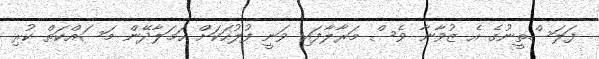
ފަލަސްތީނުގެ އެ ޒުވާނާ ވެސް މަރާލާފައި ވަނީ ފުލުހަކަށް ހަމަލާދޭން މަސައްކަތް ކުރި